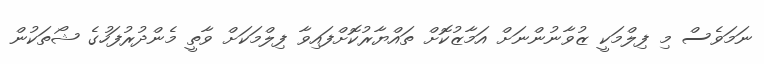
ނަމަވެސް މި ފިލްމަކީ ޒުވާނުންނަށް އަމާޒުކޮށް ތައްޔާރުކޮށްފައިވާ ފިލްމަކަށް ވާތީ މެންދުރުފަހުގެ ޝޯތަކުން